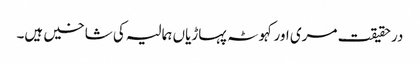
درحقیقت مری اور کہوٹہ پہاڑیاں ہمالیہ کی شاخیں ہیں۔